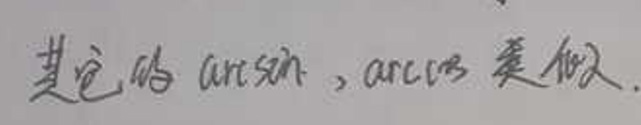
其它的 $\arcsin$, $\arccos$ 类似.